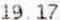
19.17